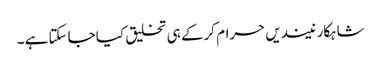
شاہکار نیندیں حرام کرکے ہی تخلیق کیا جاسکتا ہے۔